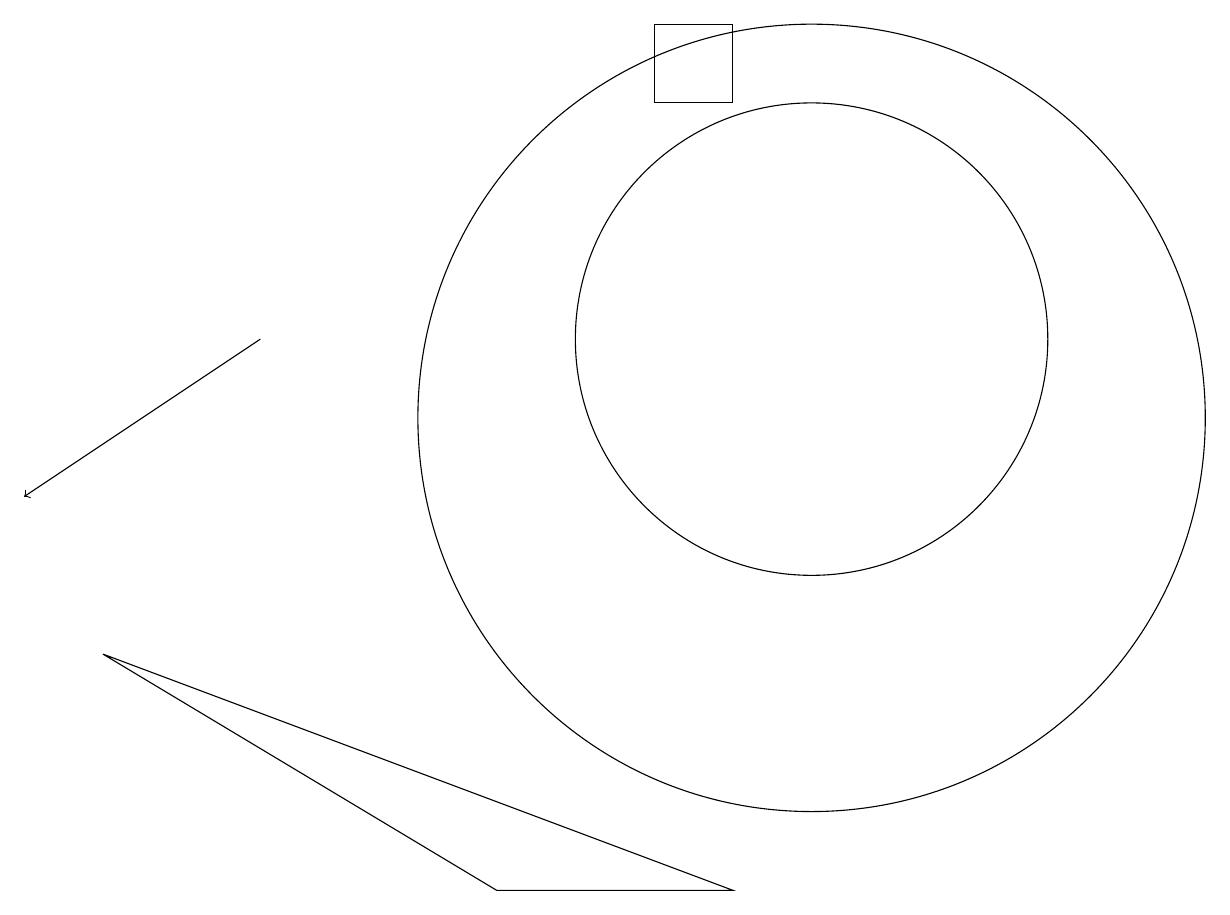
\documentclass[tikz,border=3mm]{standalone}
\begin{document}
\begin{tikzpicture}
\draw (10,12) circle (3);
\draw (9,15) rectangle (8,16);
\draw (6,5) -- (9,5) -- (1,8) -- cycle;
\draw (10,11) circle (5);
\draw[->] (3,12) -- (0,10);
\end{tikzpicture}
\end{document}